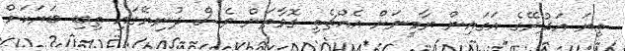
ތިޔަ އަދުރޭގެ އަގައިން ޔާމީނަށް އެއްޗެތި ގޮވާތަން ވެސް ދުނިޔޭގައި ތިބި ބަޔަކަށް